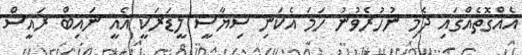
އެއްގޮތެއްގައި ދެމި ނުހުރެވުނު ހަމަ އެކަނި ސިޔާސީ ލީޑަރަކީ އެއީ ނައިބް ރައީސް